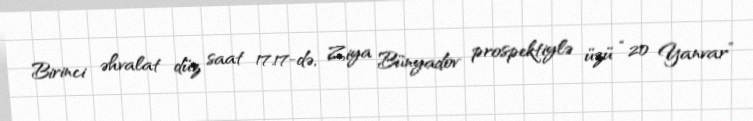
Birinci əhvalat düz saat 17.17-də, Ziya Bünyadov prospektiylə üzü “20 Yanvar”